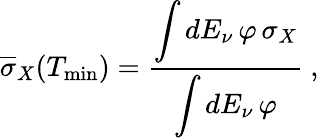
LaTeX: \overline{{\sigma}}_{X}(T_{\mathrm{min}})=\frac{\displaystyle\int dE_{\nu}\, \varphi\, \sigma_{X}}{\displaystyle\int dE_{\nu}\, \varphi}\ ,